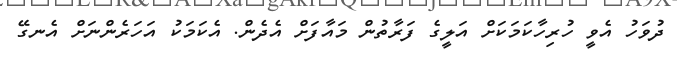
ދުވަހު އެވީ ހުރިހާކަމަކަށް އަލީގެ ފަރާތުން މައާފަށް އެދެން. އެކަމަކު އަހަރެންނަށް އެނގޭ